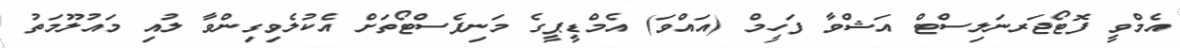
އެމްވީ ފޮޓޯޖަރނަލިސްޓް އަޝްވާ ފަހީމް (އައްވަ) އެމްޑީޕީގެ މަނިފެސްޓޯތަށް އެކުލެވިގިންވާ ލުއި މައުލޫމަތު